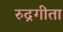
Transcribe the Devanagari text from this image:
रुद्रगीता